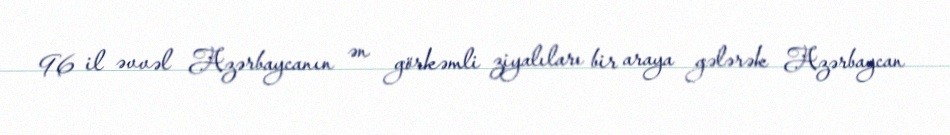
96 il əvvəl Azərbaycanın ən görkəmli ziyalıları bir araya gələrək Azərbaycan